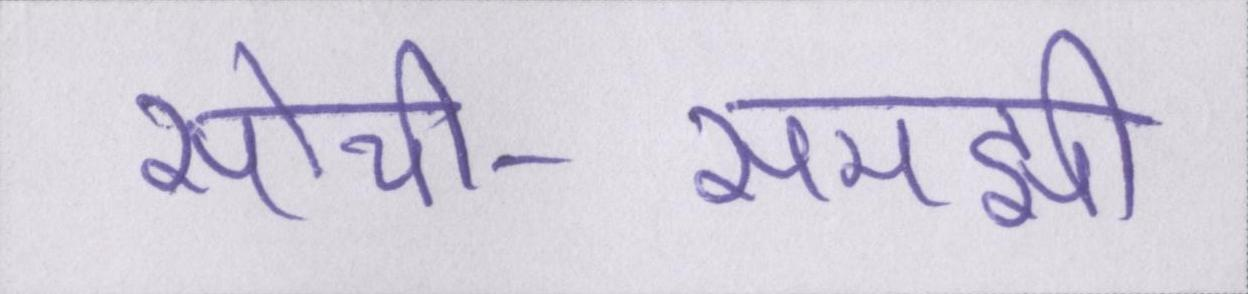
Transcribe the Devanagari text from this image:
सोची-समझी